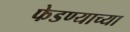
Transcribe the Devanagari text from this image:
फेडण्याच्या